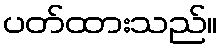
ပတ်ထားသည်။